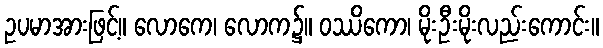
ဥပမာအားဖြင့်။ လောကေ၊ လောက၌။ ဝဿိကော၊ မိုးဦးမိုးလည်းကောင်း။